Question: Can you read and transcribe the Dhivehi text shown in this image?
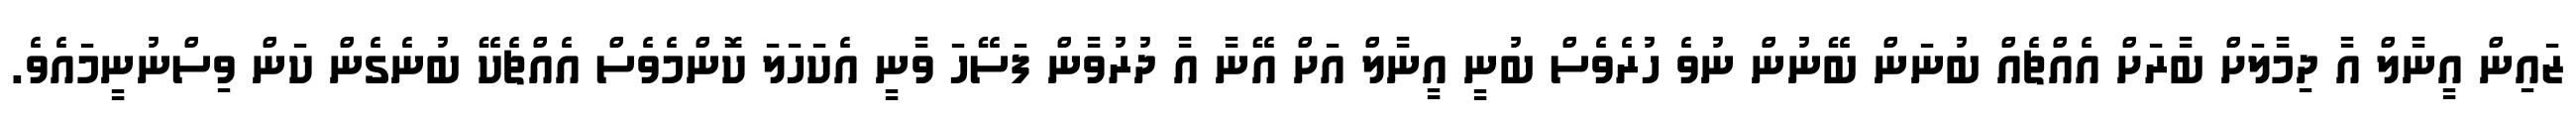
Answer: ޒައިން އީނާލް އާ ދިމާލަށް ބާރަށް އެއްޗެއް ބުނަން ބޭނުން ނުވެ ހުރެވެސް ބުނީ އީނާލް އަށް އޭނާ އާ ދުރުވާން ފަސޭހަ ވާނީ އެކަހަލަ ކޮންމެވެސް އެއްޗެކޭ ބުނެގެން ކަން ވިސްނުނީމައެވެ.